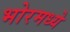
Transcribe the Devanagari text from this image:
भोरमध्ये